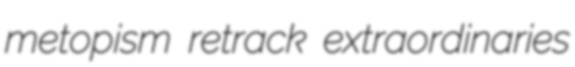
metopism retrack extraordinaries